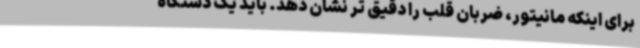
برای اینکه مانیتور، ضربان قلب را دقیق تر نشان دهد. باید یک دستگاه